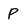
Character: P